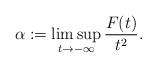
LaTeX: \begin{align*}\alpha:=\limsup_{t \to -\infty} \frac{F(t)}{t^2}.\end{align*}